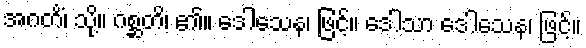
အဂတိံ၊ သို့။ ဂစ္ဆတိ၊ ၏။ ဒေါသေန၊ ဖြင့်။ ဒေါသာ ဒေါသေန၊ ဖြင့်။